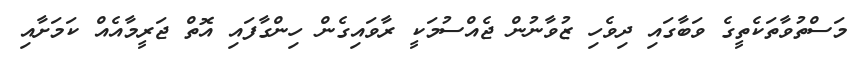
މަސްތުވާތަކެތީގެ ވަބާގައި ދިވެހި ޒުވާނުން ޖެއްސުމަކީ ރާވައިގެން ހިންގާފައި އޮތް ޖަރީމާއެއް ކަމަށާއި